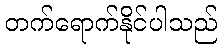
တက်ရောက်နိုင်ပါသည်